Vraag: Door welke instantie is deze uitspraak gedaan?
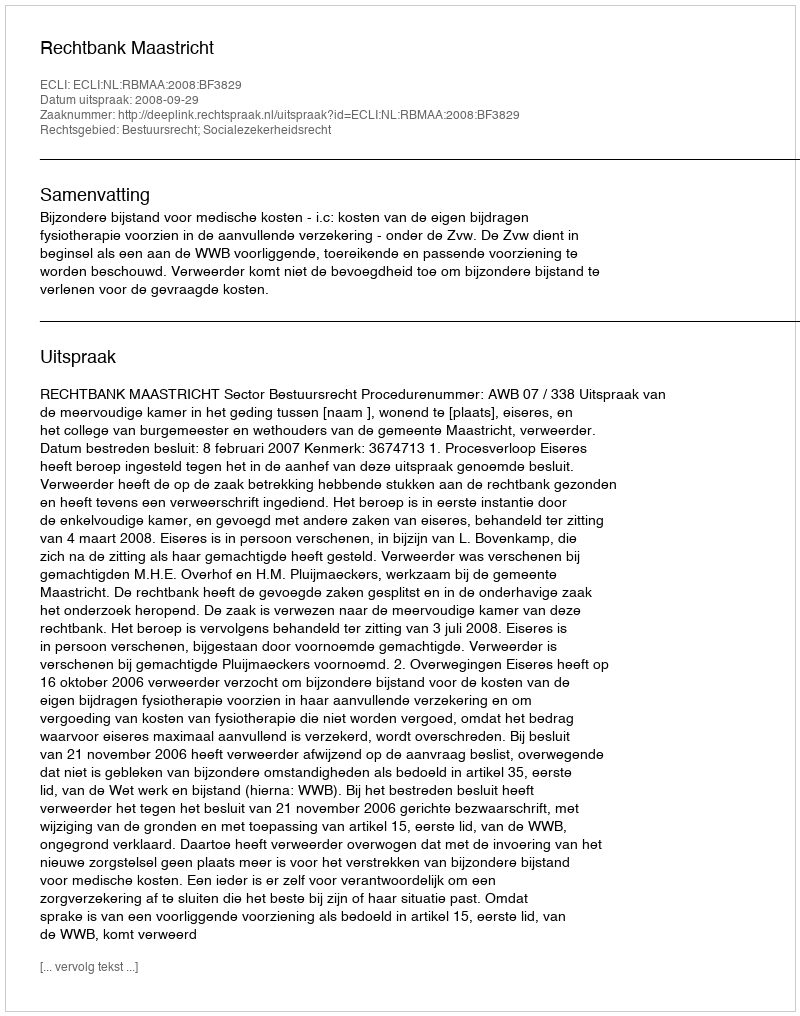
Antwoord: Rechtbank Maastricht